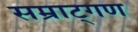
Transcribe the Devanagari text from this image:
सम्राट्गण